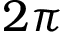
2 \pi